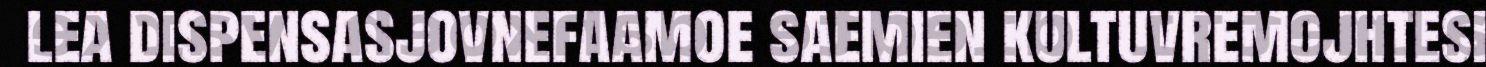
lea dispensasjovnefaamoe saemien kultuvremojhtesi